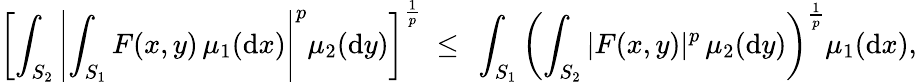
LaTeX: \left[\int_{S_{2}}\left|\int_{S_{1}}F(x,y)\, \mu_{1}(\mathrm{d}x)\right|^{p}\mu_{2}(\mathrm{d}y)\right]^{\frac{1}{p}}~\leq~\int_{S_{1}}\left(\int_{S_{2}}|F(x,y)|^{p}\, \mu_{2}(\mathrm{d}y)\right)^{\frac{1}{p}}\mu_{1}(\mathrm{d}x),